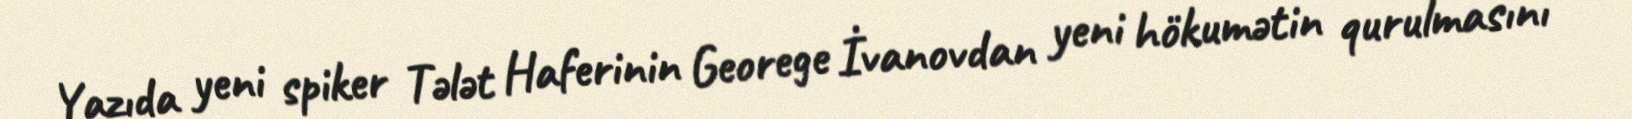
Yazıda yeni spiker Tələt Haferinin Georege İvanovdan yeni hökumətin qurulmasını